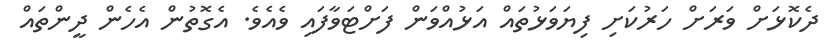
ދެކޮޅަށް ވަރަށް ހަރުކަށި ފިޔަވަޅުތައް އަޅުއްވަން ފަށްޓަވާފައި ވެއެވެ. އެގޮތުން އެހެން ދީންތައް